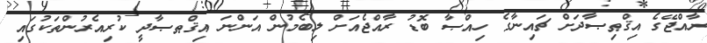
ރާއްޖޭގެ އިޤްޠިޞާދަށް ޗައިނާގެ ހިއްޞާ ބޮޑު ރާއްޖެއަށް ލިބެމުން އަންނަ އިޤްޠޞާދީ ކުރިއެރުންތަކުގައި